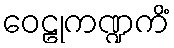
ဝေဠုကဏ္ဍကိံ